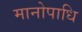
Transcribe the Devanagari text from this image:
मानोपाधि